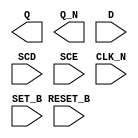
module sky130_fd_sc_hd__sdfbbn (
    Q      ,
    Q_N    ,
    D      ,
    SCD    ,
    SCE    ,
    CLK_N  ,
    SET_B  ,
    RESET_B
);

    output Q      ;
    output Q_N    ;
    input  D      ;
    input  SCD    ;
    input  SCE    ;
    input  CLK_N  ;
    input  SET_B  ;
    input  RESET_B;

    // Voltage supply signals
    supply1 VPWR;
    supply0 VGND;
    supply1 VPB ;
    supply0 VNB ;

endmodule